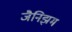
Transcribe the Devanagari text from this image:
जैनिझम